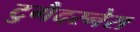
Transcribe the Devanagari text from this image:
टुगैदरनेस